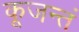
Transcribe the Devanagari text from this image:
कूजन्तं